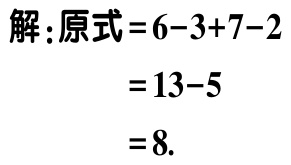
解：原式\(=6 - 3 + 7 - 2\)

\(=13 - 5\)

\(=8\).